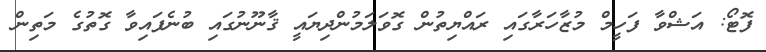
ފޮޓޯ: އަޝްވާ ފަހީމް މުޒާހަރާގައި ރައްޔިތުން ގޮވަލަމުންދިޔައީ ޤާނޫނުގައި ބުނެފައިވާ ގޮތުގެ މަތިން